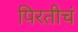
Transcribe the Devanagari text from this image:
पिरतीचं